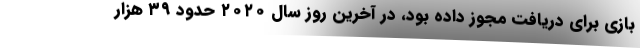
بازی برای دریافت مجوز داده بود، در آخرین روز سال ۲۰۲۰ حدود ۳۹ هزار